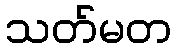
သတ်မတ